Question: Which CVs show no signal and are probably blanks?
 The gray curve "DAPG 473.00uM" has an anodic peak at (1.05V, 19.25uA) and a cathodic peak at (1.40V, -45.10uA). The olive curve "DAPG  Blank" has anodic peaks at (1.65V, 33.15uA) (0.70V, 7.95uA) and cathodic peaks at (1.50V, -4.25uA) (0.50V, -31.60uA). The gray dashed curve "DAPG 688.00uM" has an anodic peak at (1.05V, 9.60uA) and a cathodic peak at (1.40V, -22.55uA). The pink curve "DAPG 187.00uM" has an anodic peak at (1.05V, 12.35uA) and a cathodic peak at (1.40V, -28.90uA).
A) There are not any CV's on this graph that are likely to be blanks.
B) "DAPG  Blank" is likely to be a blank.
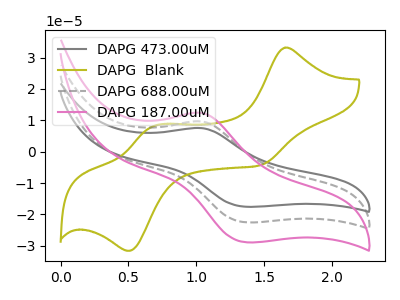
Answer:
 <answer>A) There are not any CV's on this graph that are likely to be blanks.</answer>
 <eval>A</eval>